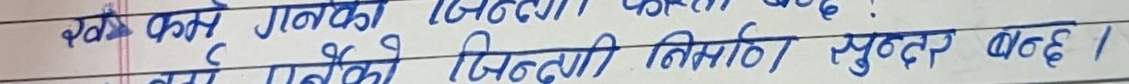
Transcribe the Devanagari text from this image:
कले गर्ने गन्तव्यको जिन्दगी कति बढछ ?
राम्रो गर्नेको जिन्दगी निर्माण सुन्दर बढछ ।